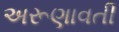
અરૂણાવતી